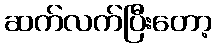
ဆက်လက်ပြီးတော့